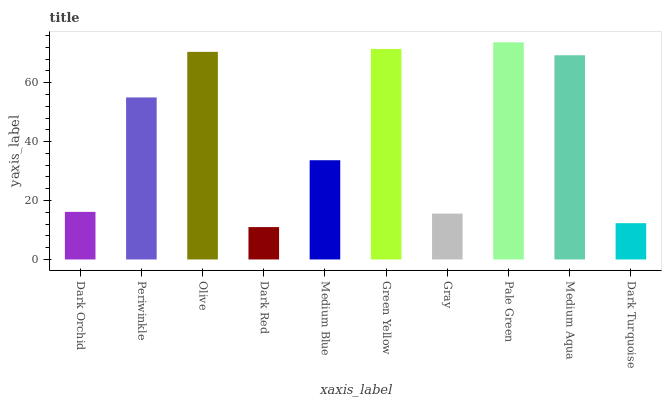
| xaxis_label | bars |
 | --- | --- |
 | Dark Orchid | 16.2 |
 | Periwinkle | 55 |
 | Olive | 70.4 |
 | Dark Red | 11 |
 | Medium Blue | 33.7 |
 | Green Yellow | 71.4 |
 | Gray | 15.6 |
 | Pale Green | 73.7 |
 | Medium Aqua | 69.3 |
 | Dark Turquoise | 12.3 |